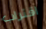
اقتراب